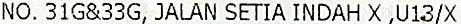
NO. 31G&33G, JALAN SETIA INDAH X ,U13/X